Annual report on the working of the lock hospitals in the Central Provinces
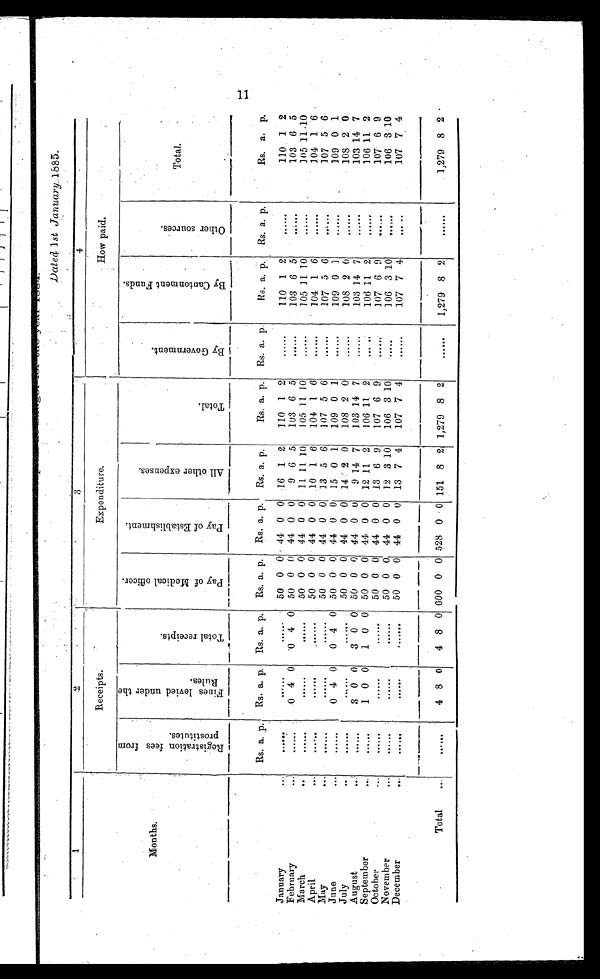
Dated 1st January. 1885.
1
2
3
4
Receipts.
Expenditure.
How paid.
Months.
R e g i s t r a t i o n f e e s f r o m p r o s t i t u t e s .
F i n e s l e v i e d u n d e r t h e R u l e s
T o t a l r e c i e p t s
P a y o f M e d i c a l o f f i c e r
P a y o f E s t a b l i s h m e n t
A l l o t h e r e x p e n s e s .
T o t a l .
B y G o v e r n m e n t .
B y C a n t o n m e n t F u n d s .
O t h e r s o u r c e s .
T o t a l .
Rs. a. p. 1 Rs. a. p.
Rs. a. p.
Rs. a. p.
Rs. a. p.
Rs, a. p.
Rs. a. p.
Rs. a. p.
Rs. a. p.
Rs. a. p.
Rs. a.
p,
January
. . .
. . . . . .
......
......
50 0 0 44 0 0 16 1 2
110 1 2
......
110 1 2
. . . . . .
110 1 2
February
. . .
. . . . . . 0 4 0
0 4 0 50 0 0 44 0 0
9 6 5
103 6 5
......
103 6 5
. . . . . .
103 6 5
March
.,
.....
......
50 0 0 44 0 0 11 11 10
105 11 10
. . . . . .
105 11 10
........
105 11
April
. . .
. . . . . .
......
......
50 0 0 41 0 0 10 1 6
104 1 6
. . . . . .
104 1 6
. . . . . .
104 1 6
May
. . .
......
.......
.......
50 0 0 44 0 0 13 5 6
107 5 6
. . . . . .
107 5 6
. . . . . .
107 5 6
June
. . .
. . . . . . 0 4 0
0 4 0 50 0 0 44 0 0 15 0 1
109 0 1
. . . . . .
109 0 1
. . . . . .
109 0 1
July
. . .
......
......
......
50 0 0 44 0 0 14 2 0
108 2 0
......
108 2 0
. . . . . .
108 2 0
August
. . .
. . . . . . 3 0 0
3 0 0 50 0 0 44 0 0
9 14 7
103 14 7
......
103 14 7
......
103 14 7
September
. . .
......
1 0 0
1 0 0 50 0 0 44 0 0 12 11 2
106 11 2
. . . . .
106 11 2
. . . . . .
106 11 2
October
...
.....
......
50 0 0 44 0 0 13 6 9
107 6 9
. . . . . .
107 6 9
. . . . . .
107 6 9
November
...
. . . . . .
.....
......
50 0 0 44 0 0 12 3 10
106 3 10
. . . . .
106 3 10
,.,,..
106 3 10
December
. . .
. . . . . .
......
......
50 0 0 44 0 0 13 7 4
107 7 4
......
107 7 4
. . . . .
107 7 4
Total
. . .
......
4 8 0
4 8 0 600 0 0 528 0 0 151 8 2 1,279 8 2 ......
1,279 8 2
. . . . . .
1,279 8 2